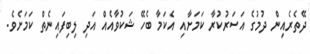
ދޭތެރެއިން ދުމުގެ އަސަރުކުރާ ކަމަށާއި އެކަމާ ބެހޭ ޝަކުވާއެއް އަދި ލިބިފައިނެތް ކަމަށެވެ.